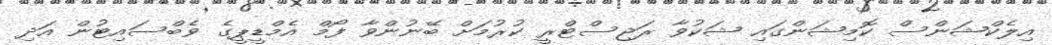
އިލެކްޝަންސް ކޮމިޝަންގައި ޝަކުވާ ރަޖިސްޓްރީ ކުރުމަށް ބޭނުންވާ ފޯމް އެމްޑީޕީގެ ވެބްސައިޓުން އަދި